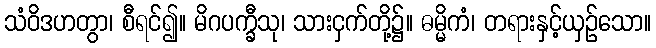
သံဝိဒဟတွာ၊ စီရင်၍။ မိဂပက္ခီသု၊ သားငှက်တို့၌။ ဓမ္မိကံ၊ တရားနှင့်ယှဉ်သော။